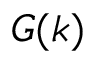
G ( k )